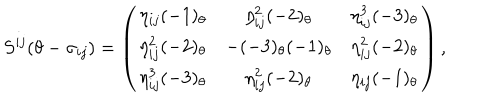
LaTeX: S ^ { i j } ( \theta - \sigma _ { i j } ) = \left( \begin{array} { c c c } { { \eta _ { i j } ( - 1 ) _ { \theta } } } & { { \eta _ { i j } ^ { 2 } ( - 2 ) _ { \theta } } } & { { \eta _ { i j } ^ { 3 } ( - 3 ) _ { \theta } } } \\ { { \eta _ { i j } ^ { 2 } ( - 2 ) _ { \theta } } } & { { - ( - 3 ) _ { \theta } ( - 1 ) _ { \theta } } } & { { \eta _ { i j } ^ { 2 } ( - 2 ) _ { \theta } } } \\ { { \eta _ { i j } ^ { 3 } ( - 3 ) _ { \theta } } } & { { \eta _ { i j } ^ { 2 } ( - 2 ) _ { \theta } } } & { { \eta _ { i j } ( - 1 ) _ { \theta } } } \\ \end{array} \right) ,